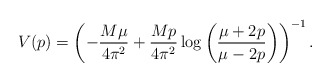
\begin{align*}V(p)=\left(-\frac{M \mu}{4 \pi^2} + \frac{M p}{4 \pi^2} \log \left(\frac{\mu + 2 p}{\mu - 2 p}\right)\right)^{-1}.\end{align*}